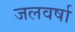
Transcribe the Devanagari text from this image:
जलवर्षा